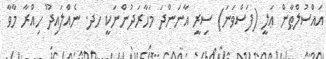
އައްސުލްޠާން ޢަލީ (ފަސްވަނަ) ސިރީ އާނަންދަ މަހާރަދުންނަކީ ހދ. ނެއްލައިދޫ ހިއްރާ މާވާ